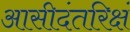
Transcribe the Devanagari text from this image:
आसीदंतरिक्षं